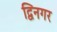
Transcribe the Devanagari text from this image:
द्विनगर